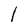
Character: I